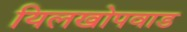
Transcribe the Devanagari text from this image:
यिलखोपवाड